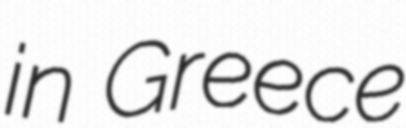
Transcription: in Greece